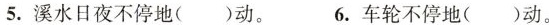
5.溪水日夜不停地( )动。 6.车轮不停地( )动。